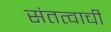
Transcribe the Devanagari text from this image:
संतत्वाची